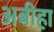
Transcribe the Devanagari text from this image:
अबीहा